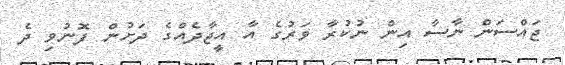
ޖައްސަން ނާސާ އިން ނުކުރާ ވަރުގެ އާ އީޖާދެއްގެ ދަށުން ފޮނުވި ދެ